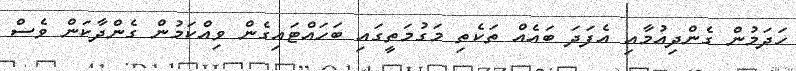
ހަދަމުން ގެންދިއުމާއި އެފަދަ ބައެއް ތަކެތި މަގުމަތީގައި ބަހައްޓައިގެން ވިއްކަމުން ގެންދާކަން ވެސް